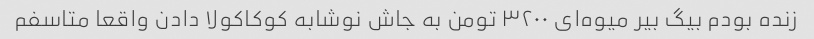
زنده بودم بیگ بیر میوه‌ای ۳۲۰۰ تومن به جاش نوشابه کوکاکولا دادن واقعا متاسفم